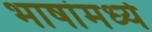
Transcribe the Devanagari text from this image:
भाषांमध्‍ये